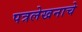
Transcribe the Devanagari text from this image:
पत्रलेखनाचे